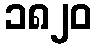
၁၈၂၀